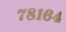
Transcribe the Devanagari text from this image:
७८१६४